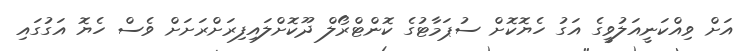
އަށް ވިއްކަނީއަލުވީގެ އަގު ހެޔޮކޮށް ސުޕަމާޓުގެ ކޮންޓްރޯލް ދޫކޮށްލައިފިރަށްރަށަށް ވެސް ހެޔޮ އަގުގައި